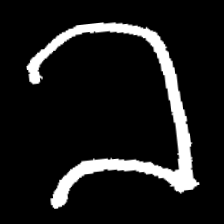
Pyu character \u2014 Myanmar letter: ခ (romanized: kha)